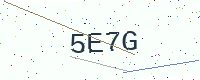
Text: 5E7G